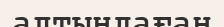
алтындаған